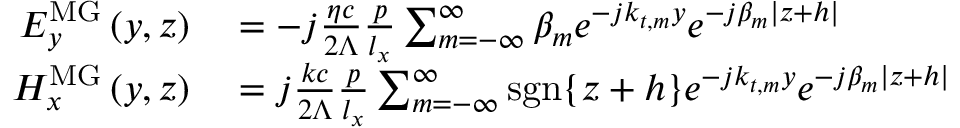
\begin{array} { r l } { E _ { y } ^ { \mathrm { M G } } \left( y , z \right) } & { { } = - j \frac { \eta c } { 2 \Lambda } \frac { p } { l _ { x } } \sum _ { m = - \infty } ^ { \infty } \beta _ { m } e ^ { - j k _ { t , m } y } e ^ { - j \beta _ { m } | z + h | } } \\ { H _ { x } ^ { \mathrm { M G } } \left( y , z \right) } & { { } = j \frac { k c } { 2 \Lambda } \frac { p } { l _ { x } } \sum _ { m = - \infty } ^ { \infty } \mathrm { s g n } \{ z + h \} e ^ { - j k _ { t , m } y } e ^ { - j \beta _ { m } | z + h | } } \end{array}